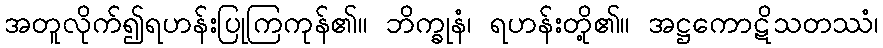
အတူလိုက်၍ရဟန်းပြုကြကုန်၏။ ဘိက္ခုနံ၊ ရဟန်းတို့၏။ အဋ္ဌကောဋိသတဿံ၊